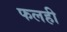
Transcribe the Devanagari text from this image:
फलही